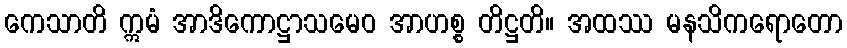
ကေသာတိ ဣမံ အာဒိကောဋ္ဌာသမေဝ အာဟစ္စ တိဋ္ဌတိ။ အထဿ မနသိကရောတော